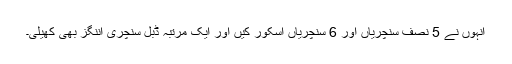
انہوں نے 5 نصف سنچریاں اور 6 سنچریاں اسکور کیں اور ایک مرتبہ ڈبل سنچری اننگز بھی کھیلی۔